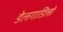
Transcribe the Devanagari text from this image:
डेलगाडिलो